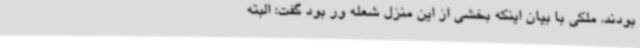
بودند. ملکی با بیان اینکه بخشی از این منزل شعله ور بود گفت: البته